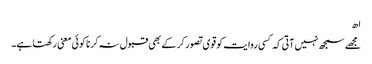
اھ
مجھے سمجھ نہیں آتی کہ کسی روایت کو قوی تصور کر کے بھی قبول نہ کرنا کوئی معنی رکھتا ہے۔